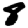
Digit: 8